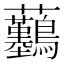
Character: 𧆖